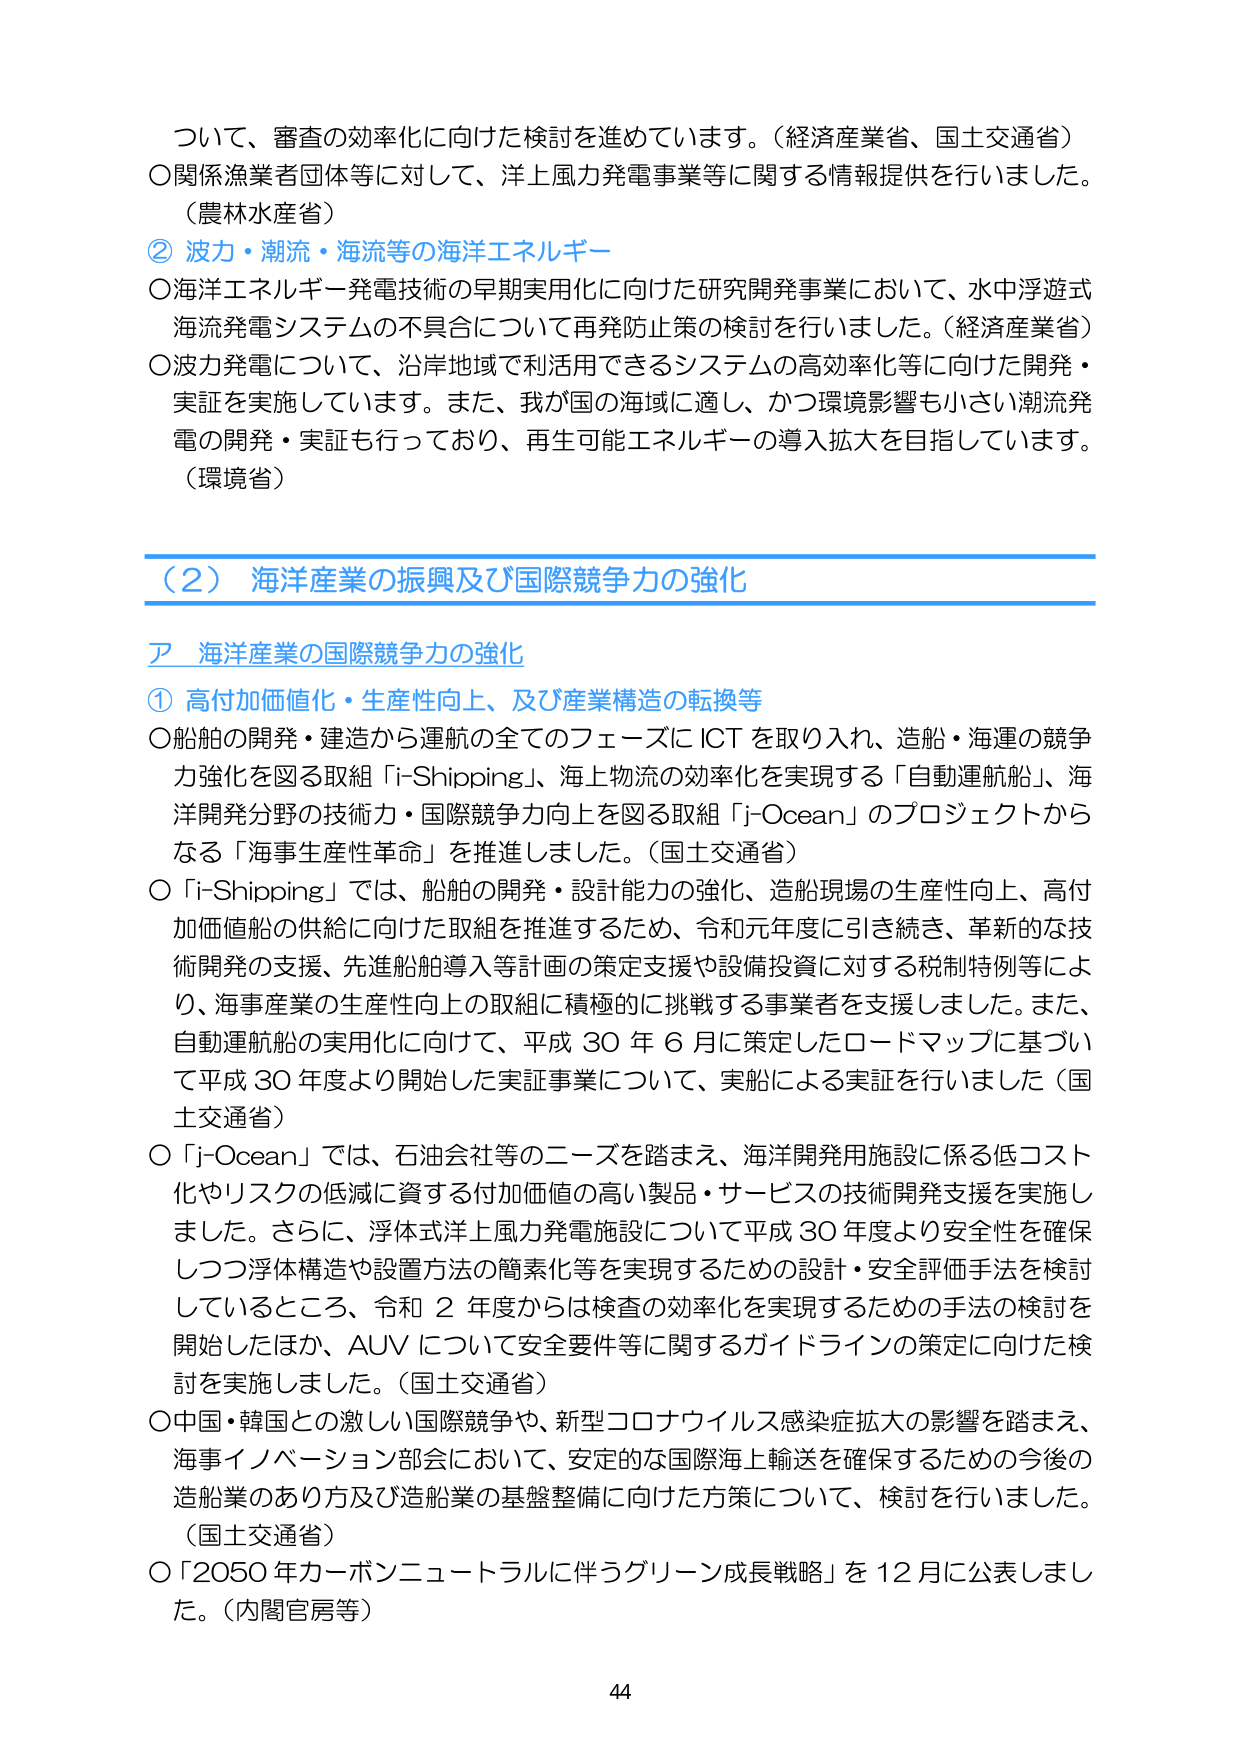
ついて、審査の効率化に向けた検討を進めています。（経済産業省、国土交通省）
〇関係漁業者団体等に対して、洋上風力発電事業等に関する情報提供を行いました。
（農林水産省）
② 波力・潮流・海流等の海洋エネルギー
〇海洋エネルギー発電技術の早期実用化に向けた研究開発事業において、水中浮遊式
海流発電システムの不具合について再発防止策の検討を行いました。（経済産業省）
〇波力発電について、沿岸地域で利活用できるシステムの高効率化等に向けた開発・
実証を実施しています。また、我が国の海域に適し、かつ環境影響も小さい潮流発
電の開発・実証も行っており、再生可能エネルギーの導入拡大を目指しています。
（環境省）

（２） 海洋産業の振興及び国際競争力の強化
ア 海洋産業の国際競争力の強化
① 高付加価値化・生産性向上、及び産業構造の転換等
〇船舶の開発・建造から運航の全てのフェーズにICTを取り入れ、造船・海運の競争
力強化を図る取組「i-Shipping」、海上物流の効率化を実現する「自動運航船」、海
洋開発分野の技術力・国際競争力向上を図る取組「j-Ocean」のプロジェクトから
なる「海事生産性革命」を推進しました。（国土交通省）
〇「i-Shipping」では、船舶の開発・設計能力の強化、造船現場の生産性向上、高付
加価値船の供給に向けた取組を推進するため、令和元年度に引き続き、革新的な技
術開発の支援、先進船舶導入等計画の策定支援や設備投資に対する税制特例等によ
り、海事産業の生産性向上の取組に積極的に挑戦する事業者を支援しました。また、
自動運航船の実用化に向けて、平成30年6月に策定したロードマップに基づい
て平成30年度より開始した実証事業について、実船による実証を行いました（国
土交通省）
〇「j-Ocean」では、石油会社等のニーズを踏まえ、海洋開発用施設に係る低コスト
化やリスクの低減に資する付加価値の高い製品・サービスの技術開発支援を実施し
ました。さらに、浮体式洋上風力発電施設について平成30年度より安全性を確保
しつつ浮体構造や設置方法の簡素化等を実現するための設計・安全評価手法を検討
しているところ、令和2年度からは検査の効率化を実現するための手法の検討を
開始したほか、AUVについて安全要件等に関するガイドラインの策定に向けた検
討を実施しました。（国土交通省）
〇中国・韓国との激しい国際競争や、新型コロナウイルス感染症拡大の影響を踏まえ、
海事イノベーション部会において、安定的な国際海上輸送を確保するための今後の
造船業のあり方及び造船業の基盤整備に向けた方策について、検討を行いました。
（国土交通省）
〇「2050年カーボンニュートラルに伴うグリーン成長戦略」を12月に公表しまし
た。（内閣官房等）

44